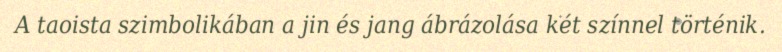
A taoista szimbolikában a jin és jang ábrázolása két színnel történik.